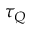
\tau _ { Q }